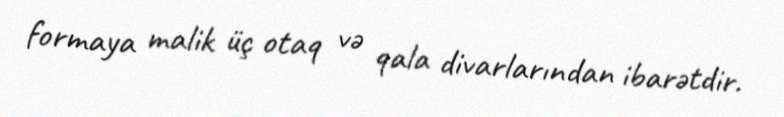
formaya malik üç otaq və qala divarlarından ibarətdir.